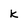
Character: k